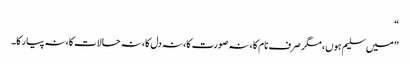
“
”میں سلیم ہوں، مگر صرف نام کا، نہ صورت کا، نہ دل کا، نہ حالات کا، نہ پیار کا۔